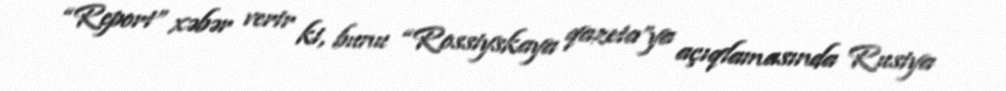
“Report” xəbər verir ki, bunu “Rossiyskaya qazeta”ya açıqlamasında Rusiya